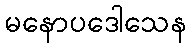
မနောပဒေါသေန